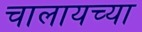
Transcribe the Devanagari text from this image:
चालायच्या